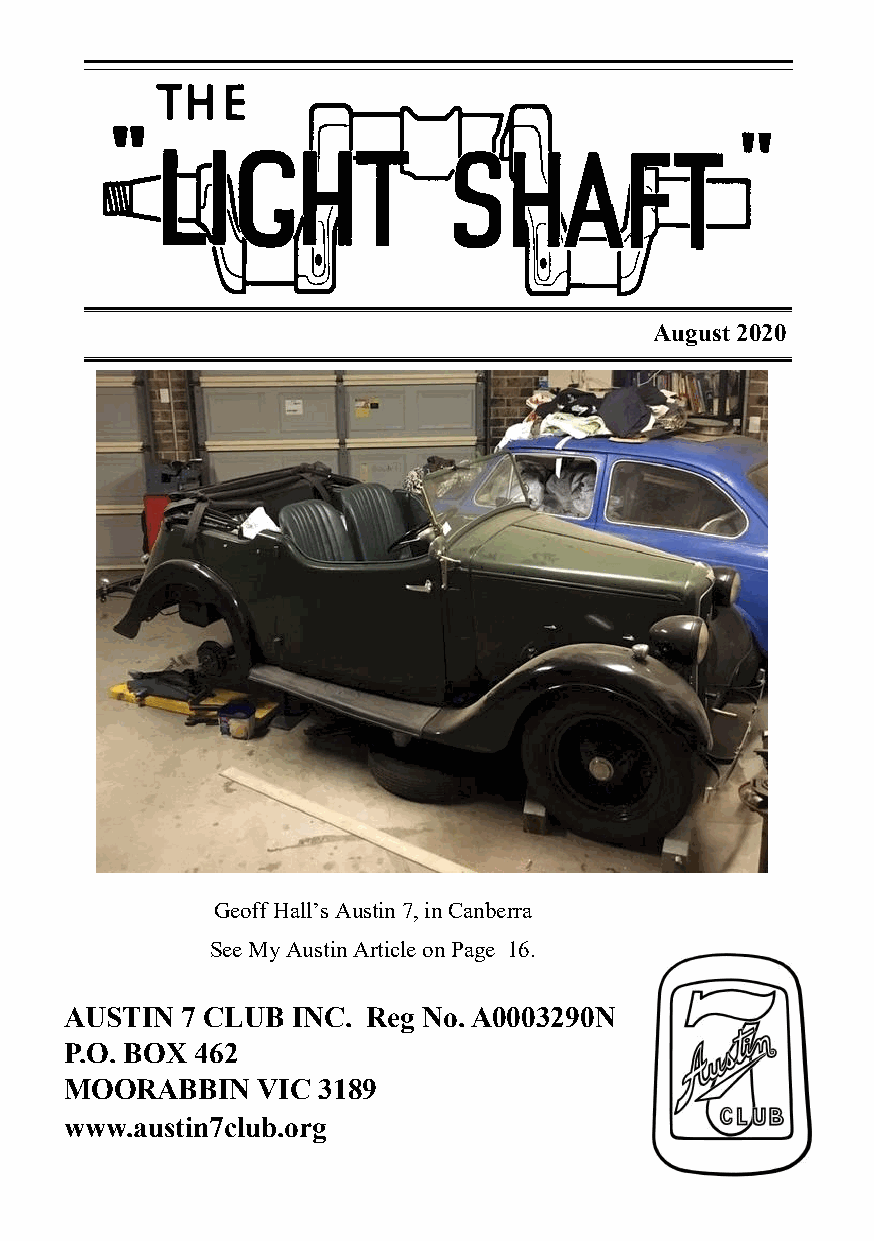
August 2020
 Geoff Hall’s Austin 7, in Canberra
 See My Austin Article on Page 16.
 AUSTIN  7 CLUB INC. Reg No. A0003290N
 P.O. BOX 462
 MOORABBIN    VIC 3189
 www.austin7club.org